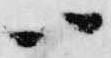
ハ